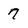
Character: 7